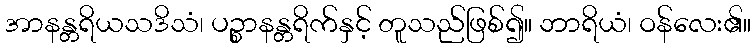
အာနန္တရိယသဒိသံ၊ ပဉ္စာနန္တရိက်နှင့် တူသည်ဖြစ်၍။ ဘာရိယံ၊ ဝန်လေး၏။